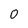
Character: 0